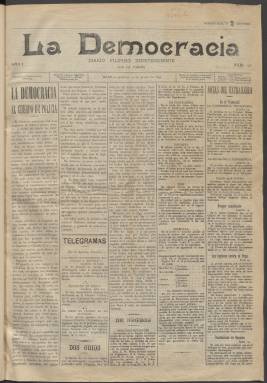
Título: La Democracia (Manila)
Colección: Periódicos
Ámbito geográfico: Filipinas
Lugar de publicación: Manila
Fechas: 13/07/1899-13/07/1899